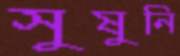
সুষুনি